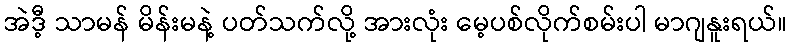
အဲဒီ့ သာမန် မိန်းမနဲ့ ပတ်သက်လို့ အားလုံး မေ့ပစ်လိုက်စမ်းပါ မာဂျနူးရယ်။